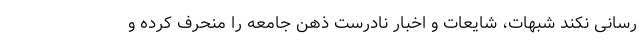
رسانی نکند شبهات، شایعات و اخبار نادرست ذهن جامعه را منحرف کرده و